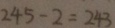
2 4 5 - 2 = 2 4 3